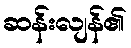
ဆန်းလျန်၏